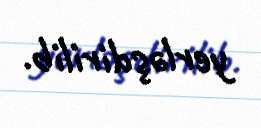
yerləşdirilib.